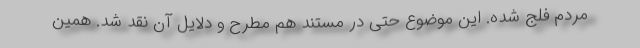
مردم فلج شده. این موضوع حتی در مستند هم مطرح و دلایل آن نقد شد. همین